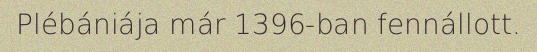
Plébániája már 1396-ban fennállott.